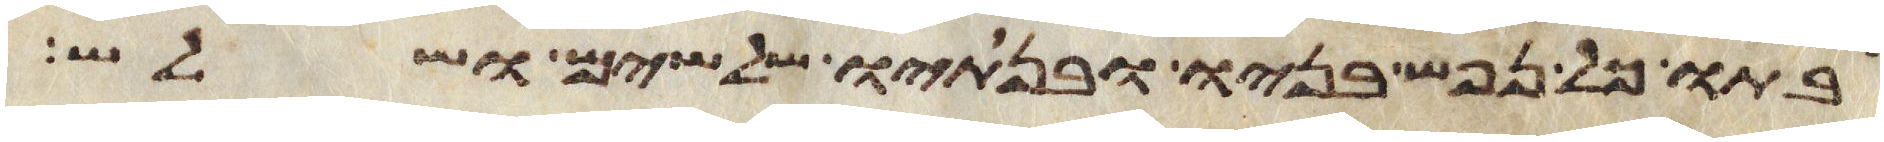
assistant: בתו כל נפש בניו ובנתיו שלשים ושלש